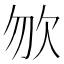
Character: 𣢊